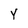
Character: Y